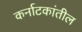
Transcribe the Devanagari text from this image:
कर्नाटकांतील